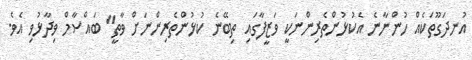
އުނދަގޫތަކެއް ހުންނާނެ އެކުޅުންތެރިންނަކީ ވަޒީފާގައި ތިބޭނެ ކުޅުންތެރިންނަށް ވާތީ" ބައްސާމް ވިދާޅުވި އެވެ.